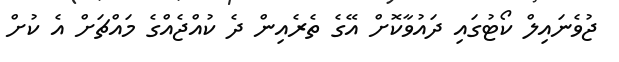
ޖުވެނައިލް ކޯޓުގައި ދައުވާކޮށް އޭގެ ތެރެއިން ދެ ކުއްޖެއްގެ މައްޗަށް އެ ކުށް